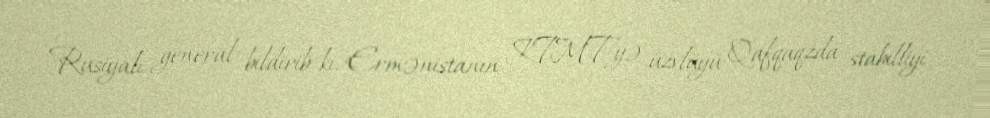
Rusiyalı general bildirib ki, Ermənistanın KTMT-yə üzvlüyü Qafqaqzda stabilliyi